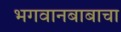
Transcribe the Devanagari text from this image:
भगवानबाबाचा